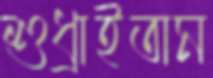
শুধ্‌রাইতাম